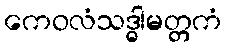
ကေဝလံသဒ္ဓါမတ္တကံ